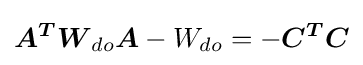
{\boldsymbol {A^{T}}}{\boldsymbol {W}}_{do}{\boldsymbol {A}}-W_{do}=-{\boldsymbol {C^{T}C}}